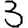
Digit: 3